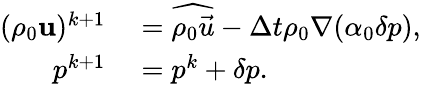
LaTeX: \begin{array}{rl}{(\rho_{0}\mathbf{u})^{k+1}}&{{}=\widehat{\rho_{0}\vec{u}}-\Delta t\rho_{0}\nabla(\alpha_{0}\delta p),}\\ {p^{k+1}}&{{}=p^{k}+\delta p.}\end{array}